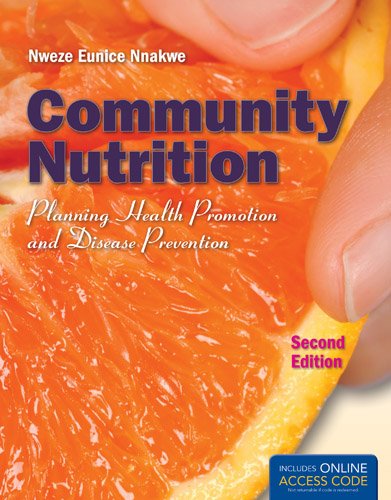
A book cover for Community Nutrition: Planning Health Promotion And Disease Prevention; Nweze Nnakwe; Medical Books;